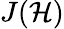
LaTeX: J(\mathcal{H})